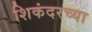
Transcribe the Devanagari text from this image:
शिकंदरच्या